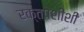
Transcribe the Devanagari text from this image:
रक्तपेशींशी